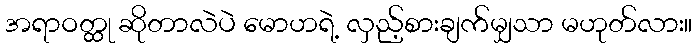
အရာဝတ္ထု ဆိုတာလဲပဲ မောဟရဲ့ လှည့်စားချက်မျှသာ မဟုတ်လား။